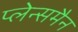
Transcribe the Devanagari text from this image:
प्लेन्समैन